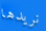
نريدها